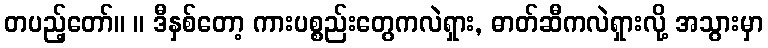
တပည့်တော်။ ။ ဒီနှစ်တော့ ကားပစ္စည်းတွေကလဲရှား, ဓာတ်ဆီကလဲရှားလို့ အသွားမှာ